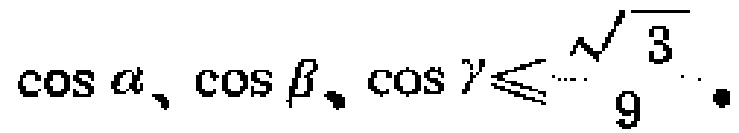
\(\cos\alpha、\cos\beta、\cos\gamma\leqslant\frac{\sqrt{3}}{9}\)